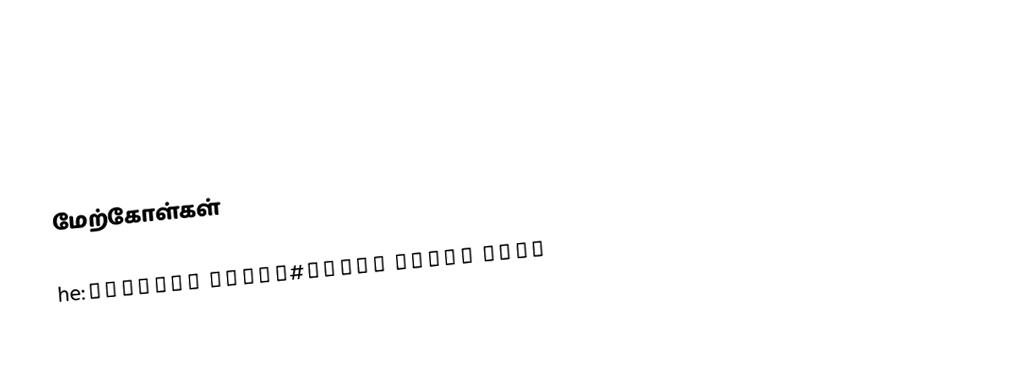

மேற்கோள்கள்

he:נשיא ארצות הברית#רשימת הנשיאים